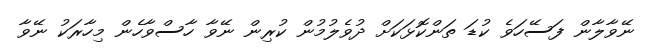
ނޭވާލާން ފަސޭހަވެ ކުޑަ ތަންކޮޅަކަށް ދުވެލުމުން ކުރިން ނޭވާ ހާސްވާހެން މިހާރަކު ނޭވާ